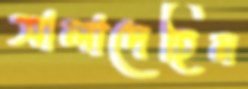
সালাদেহিন